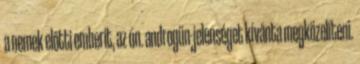
a nemek előtti emberit, az ún. androgün-jelenséget kívánta megközelíteni.